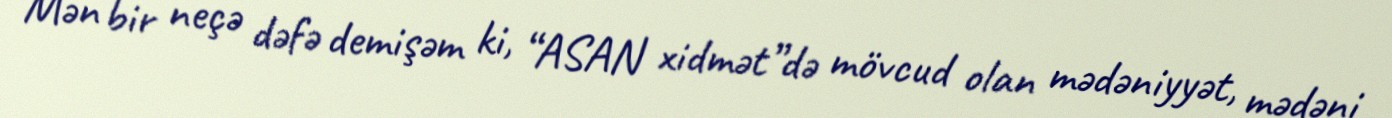
Mən bir neçə dəfə demişəm ki, “ASAN xidmət”də mövcud olan mədəniyyət, mədəni